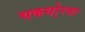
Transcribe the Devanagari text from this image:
चकधो्रधा